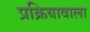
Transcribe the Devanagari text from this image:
प्रक्रियावाला